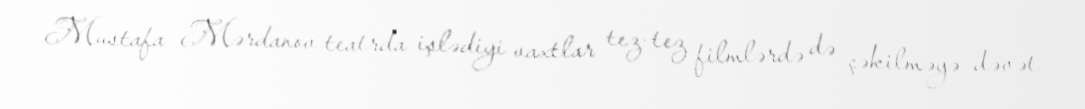
Mustafa Mərdanov teatrda işlədiyi vaxtlar tez-tez filmlərdə də çəkilməyə dəvət